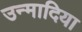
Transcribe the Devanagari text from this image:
उन्मादिया